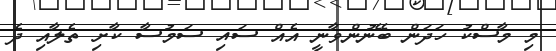
މި މާސްކު ހަދަން ބޭނުންވާނީ އެއް ސައި ސަމުސާ ކާށި ތެލާއި ދެ